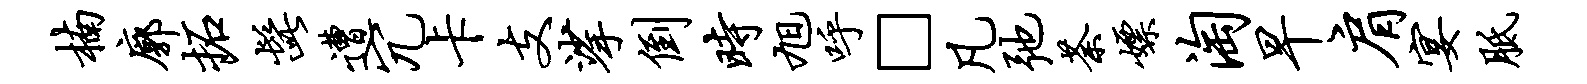
楠廓拓髭遭冗卡支挲倒时旭呼□凡弛荼嫖淘早肩宴胝